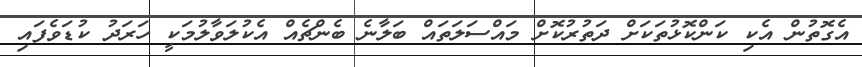
އެގޮތުން އެކި ކަންކޮޅުތަކަށް ދަތުރުކޮށް މައްސަލަތައް ބަލާނެ ބެންޗެއް އެކުލަވާލުމަކީ ހަރަދު ކުޑަވެފައި